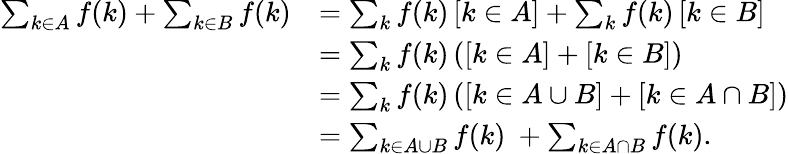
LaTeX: {\begin{array}{rl}{\sum_{k\in A}f(k)+\sum_{k\in B}f(k)}&{=\sum_{k}f(k)\, [k\in A]+\sum_{k}f(k)\, [k\in B]}\\ &{=\sum_{k}f(k)\, ([k\in A]+[k\in B])}\\ &{=\sum_{k}f(k)\, ([k\in A\cup B]+[k\in A\cap B])}\\ &{=\sum_{k\in A\cup B}f(k)\ +\sum_{k\in A\cap B}f(k).}\end{array}}